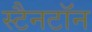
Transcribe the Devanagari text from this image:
स्टैनटॉन